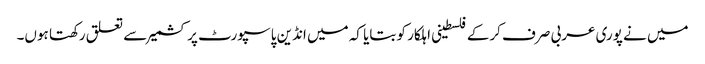
میں نے پوری عربی صرف کرکے فلسطینی اہلکار کو بتایا کہ میں انڈین پاسپورٹ پر کشمیر سے تعلق رکھتا ہوں۔